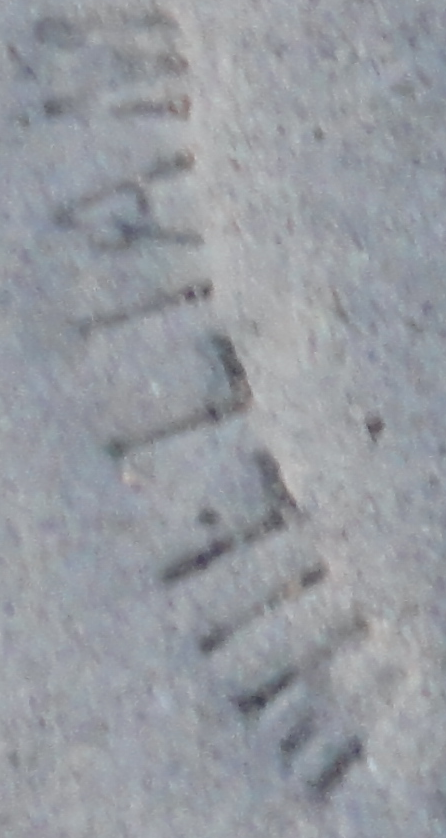
WILLIAM